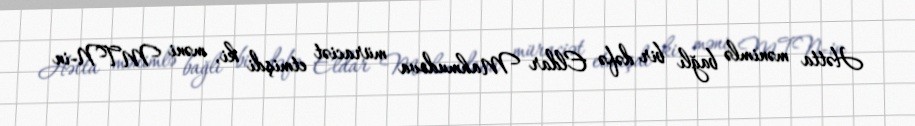
Hətta mənimlə bağlı bir dəfə Eldar Mahmudova müraciət etmişdi ki, məni MTN-in